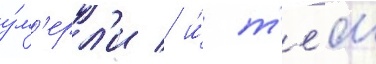
у́м'ерл'и / и́ т'е́м